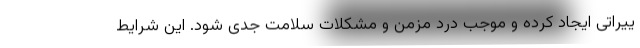
ییراتی ایجاد کرده و موجب درد مزمن و مشکلات سلامت جدی شود. این شرایط